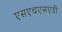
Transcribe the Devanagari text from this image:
एसएचएसएडी